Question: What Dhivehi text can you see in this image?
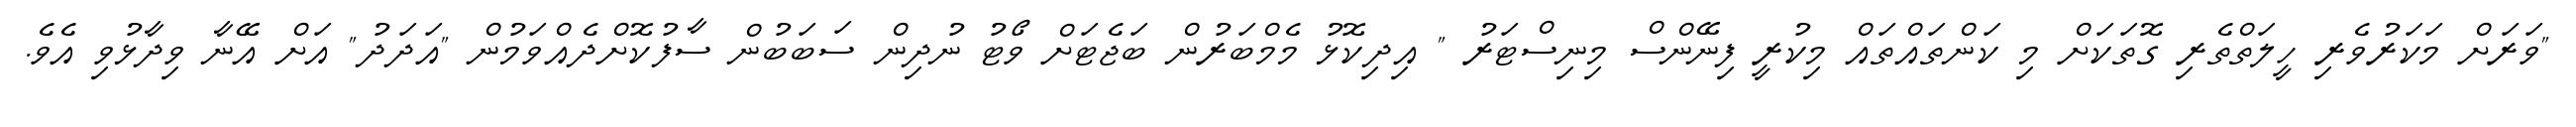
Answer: "ވަރަށް މަކަރުވެރި ހީލަތްތެރި ގޮތަކަށް މި ކަންތައްތައް މިކުރީ ފިނޭންސް މިނިސްޓަރު " އިދިކޮޅު މެމްބަރުން ބަޖެޓަށް ވޯޓު ނުދިން ސަބަބުން ސާފުކޮށްދެއްވަމުން "އަދަދު" އަށް އޭނާ ވިދާޅުވި އެވެ.